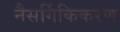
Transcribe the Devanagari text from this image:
नैसर्गिकिकरण